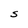
Character: S